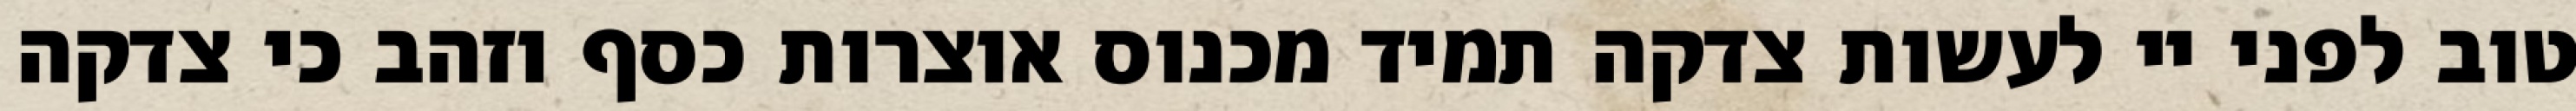
טוב לפני יי לעשות צדקה תמיד מכנוס אוצרות כסף וזהב כי צדקה